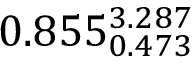
0 . 8 5 5 _ { 0 . 4 7 3 } ^ { 3 . 2 8 7 }